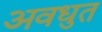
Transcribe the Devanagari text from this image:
अवधुत